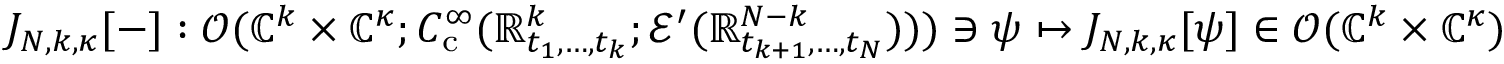
J _ { N , k , \kappa } [ - ] : \mathscr { O } ( \mathbb { C } ^ { k } \times \mathbb { C } ^ { \kappa } ; C _ { \mathrm { c } } ^ { \infty } ( \mathbb { R } _ { t _ { 1 } , \ldots , t _ { k } } ^ { k } ; \mathcal { E } ^ { \prime } ( \mathbb { R } _ { t _ { k + 1 } , \ldots , t _ { N } } ^ { N - k } ) ) ) \ni \psi \mapsto J _ { N , k , \kappa } [ \psi ] \in \mathscr { O } ( \mathbb { C } ^ { k } \times \mathbb { C } ^ { \kappa } )